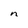
Character: n